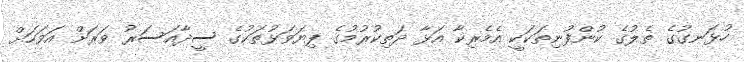
ހުޅަނގުގެ ތެލުގެ ކުންފުނިތަކަކީ އެމެރިކާ އަޅާ ދަތިކުރުމުގެ ފިޔަވަޅުތަކުގެ ސީދާއަސަރު ވަރަށް އަވަހަށް